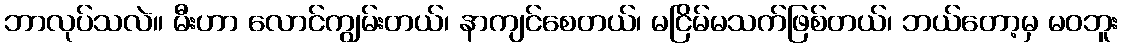
ဘာလုပ်သလဲ။ မီးဟာ လောင်ကျွမ်းတယ်၊ နာကျင်စေတယ်၊ မငြိမ်မသက်ဖြစ်တယ်၊ ဘယ်တော့မှ မဝဘူး